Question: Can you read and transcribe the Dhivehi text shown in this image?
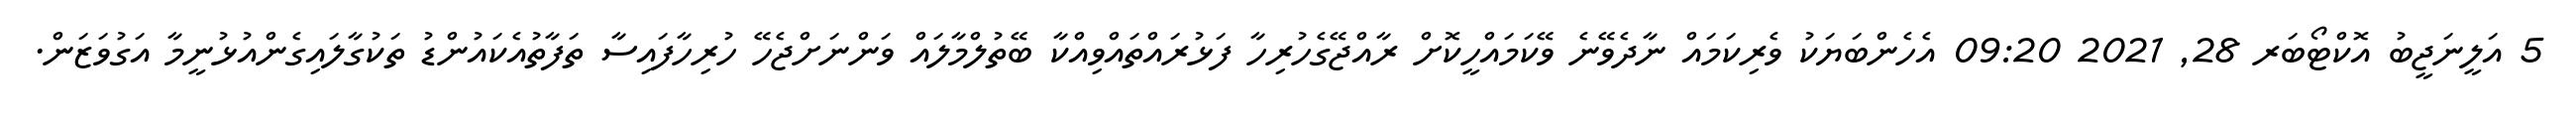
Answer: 5 އަލީނަޖީބު އޮކްޓޯބަރ 28, 2021 09:20 އެހެންބަޔަކު ވެރިކަމައް ނާދެވޭނެ ވޭކަމައްހީކޮށް ރާއްޖޭގެހުރިހާ ފަޅުރައްތައްވިއްކާ ބޭތުލްމާލައް ވަންނަށްޖެހޭ ހުރިހާފައިސާ ތަފާތުއެކައުންޑު ތަކުގާލައިގެންއުޅުނީމާ އަގުވަޒަން.